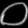
Digit: ၀